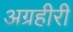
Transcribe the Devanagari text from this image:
अग्रहीरी